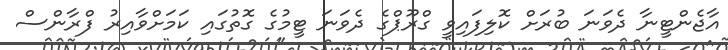
އާޖެންޓީނާ ދެވަނަ ބުރަށް ކޮލިފައިވީ ގްރޫޕްގެ ދެވަނަ ޓީމުގެ ގޮތުގައި ކަމަށްވާއިރު ފްރާންސް